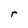
Character: r